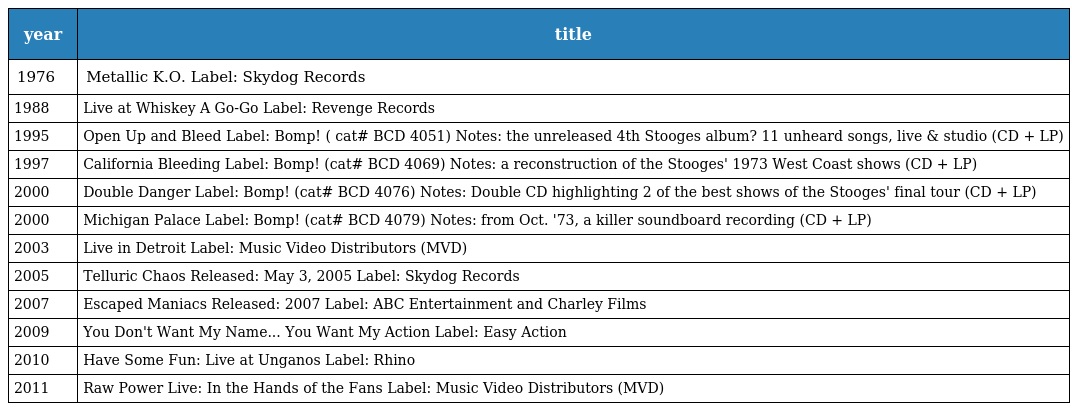
| year | title |
 | --- | --- |
 | 1976 | Metallic K.O. Label: Skydog Records |
 | 1988 | Live at Whiskey A Go-Go Label: Revenge Records |
 | 1995 | Open Up and Bleed Label: Bomp! ( cat# BCD 4051) Notes: the unreleased 4th Stooges album? 11 unheard songs, live & studio (CD + LP) |
 | 1997 | California Bleeding Label: Bomp! (cat# BCD 4069) Notes: a reconstruction of the Stooges' 1973 West Coast shows (CD + LP) |
 | 2000 | Double Danger Label: Bomp! (cat# BCD 4076) Notes: Double CD highlighting 2 of the best shows of the Stooges' final tour (CD + LP) |
 | 2000 | Michigan Palace Label: Bomp! (cat# BCD 4079) Notes: from Oct. '73, a killer soundboard recording (CD + LP) |
 | 2003 | Live in Detroit Label: Music Video Distributors (MVD) |
 | 2005 | Telluric Chaos Released: May 3, 2005 Label: Skydog Records |
 | 2007 | Escaped Maniacs Released: 2007 Label: ABC Entertainment and Charley Films |
 | 2009 | You Don't Want My Name... You Want My Action Label: Easy Action |
 | 2010 | Have Some Fun: Live at Unganos Label: Rhino |
 | 2011 | Raw Power Live: In the Hands of the Fans Label: Music Video Distributors (MVD) |